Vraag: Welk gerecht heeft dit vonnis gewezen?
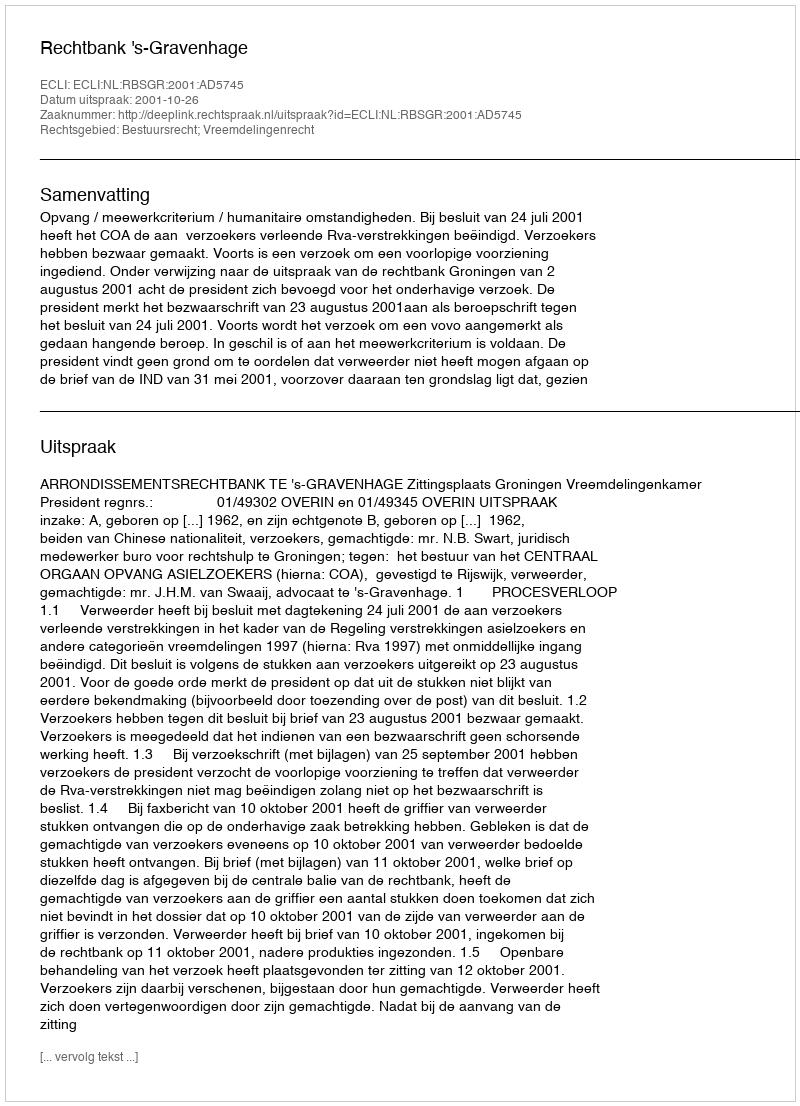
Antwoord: Rechtbank 's-Gravenhage